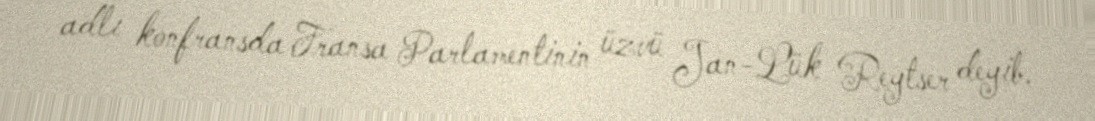
adlı konfransda Fransa Parlamentinin üzvü Jan-Lük Reytser deyib.